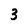
Character: 3